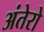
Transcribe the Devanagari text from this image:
अंतेरो